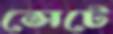
সেটে